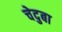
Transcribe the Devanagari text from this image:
चेदुबा